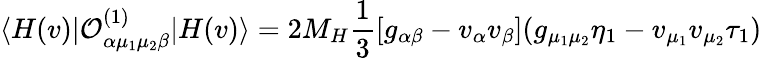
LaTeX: \langle H(v)|{\cal O}_{\alpha\mu_{1}\mu_{2}\beta}^{(1)}|H(v)\rangle=2M_{H}\frac{1}{3}[g_{\alpha\beta}-v_{\alpha}v_{\beta}](g_{\mu_{1}\mu_{2}}\eta_{1}-v_{\mu_{1}}v_{\mu_{2}}\tau_{1})